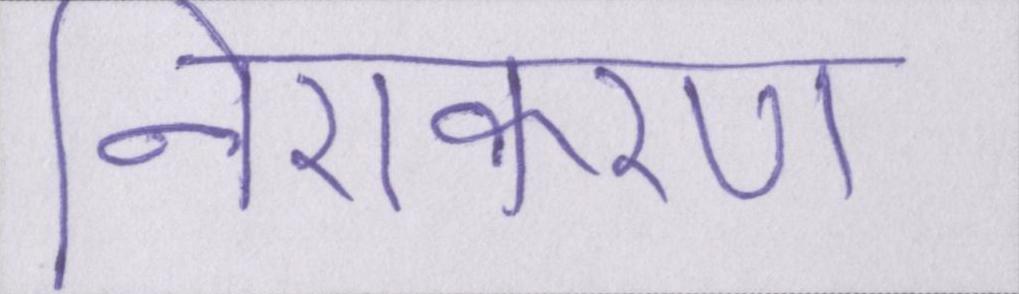
निराकरण